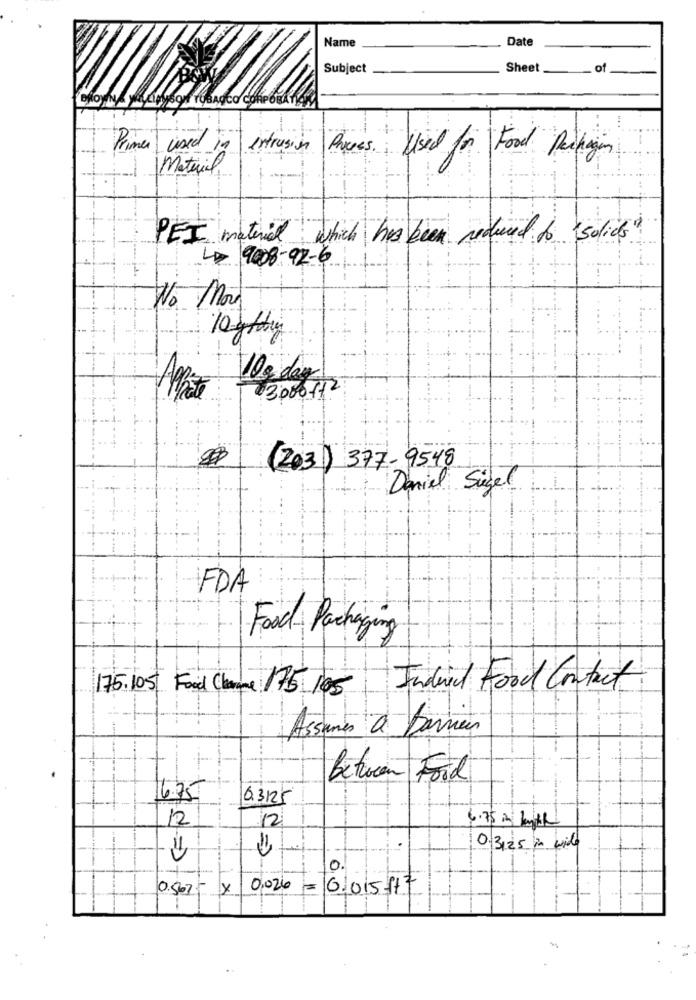
Name
Date
Subject
Sheet
___ of
Primer used
Intrusion Pics Used for Food Packaging
Material
PEI material which has been reduced to Solids"
LD 9008-92-6
No More
10g /hry
103 day
Mate
3000112
(203) 377-9548
Daniel Siegel
FDA
Food Packaging
75.105 Food Charme 175 105
Indeed Food Contact
Assumes à Barrier
Between Ford
6.75
03125
12
12
6.75 m LAR
0.3,25 Px wide
10.
0.567- x 0,026 = 01015517